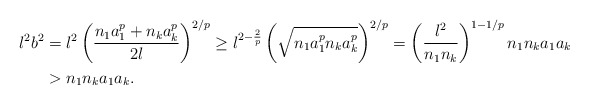
\begin{align*}l^{2}b^{2} & =l^{2}\left( \frac{n_{1}a_{1}^{p}+n_{k}a_{k}^{p}}{2l}\right)^{2/p}\geq l^{2-\frac{2}{p}}\left( \sqrt{n_{1}a_{1}^{p}n_{k}a_{k}^{p}}\right) ^{2/p}=\left( \frac{l^{2}}{n_{1}n_{k}}\right) ^{1-1/p}n_{1}n_{k}a_{1}a_{k}\\& >n_{1}n_{k}a_{1}a_{k}.\end{align*}